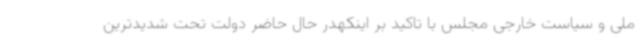
ملی و سیاست خارجی مجلس با تاکید بر اینکهدر حال حاضر دولت تحت شدیدترین